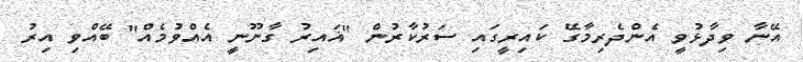
އޭނާ ވިދާޅުވީ އެންދެރިމާގޭ ކައިރީގައި ސަރުކާރުން "ޣައިރު ގާނޫނީ އެއްވުމެއް" ބޭއްވި އިރު